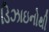
ડિઝાઇનોથી